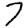
Digit: 7